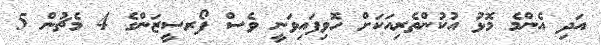
އަދި އެންމެ މޮޅު އުކުންތެރިއަކަށް ހޮވިފައިވަނީ ވެސް ފޯރސީޒަންގެ 4 މެޗުން 5